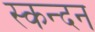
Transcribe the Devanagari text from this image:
स्कन्दन